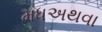
મધઅથવા